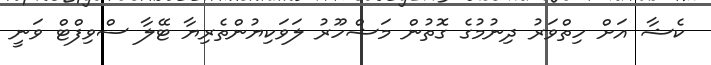
ކެޝާ އަށް ހިތްވަރު ދިނުމުގެ ގޮތުން މަޝްހޫރު ލަވަކިޔުންތެރިޔާ ޓޭލާ ސްވިފްޓް ވަނީ